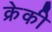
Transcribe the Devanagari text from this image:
क्रेकी